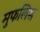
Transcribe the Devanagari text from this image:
मुफलिस